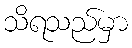
သိရသည်မှာ